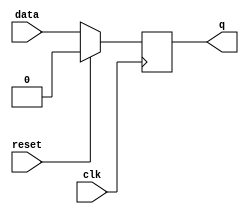
module edge_triggered_latch (
    input wire clk,
    input wire reset,
    input wire data,
    output reg q
);

always @(posedge clk) begin
    if (reset) begin
        q <= 1'b0;
    end else begin
        q <= data;
    end
end

endmodule